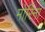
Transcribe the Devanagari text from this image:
मोरिना